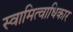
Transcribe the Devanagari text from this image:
स्वामित्वाधिकार